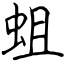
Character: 蛆